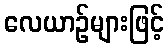
လေယာဉ်များဖြင့်